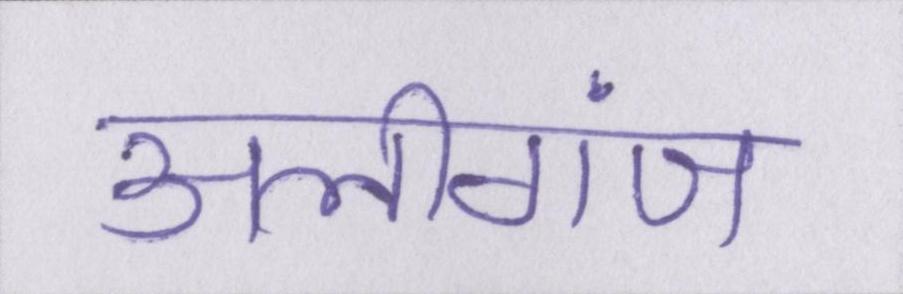
अलीगंज